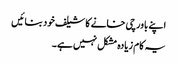
اپنے باورچی خانے کا شیلف خود بنائیں
یہ کام زیادہ مشکل نہیں ہے۔